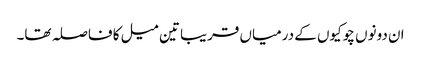
ان دونوں چوکیوں کے درمیاں قریبا تین میل کا فاصلہ تھا۔